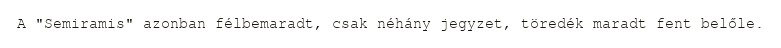
A "Semiramis" azonban félbemaradt, csak néhány jegyzet, töredék maradt fent belőle.